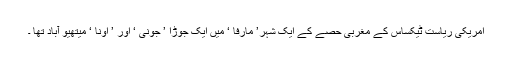
امریکی ریاست ٹیکساس کے مغربی حصے کے ایک شہر’ مارفا ‘ میں ایک جوڑا ’ جونی ‘ اور ’ اُونا ‘ میتھیو آباد تھا ۔